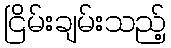
ငြိမ်းချမ်းသည့်